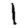
Digit: 1